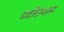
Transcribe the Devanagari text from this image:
पर्वोवायरस